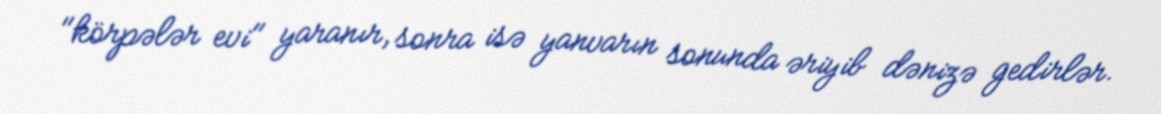
"körpələr evi" yaranır, sonra isə yanvarın sonunda əriyib dənizə gedirlər.